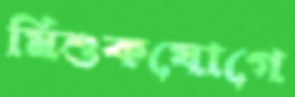
মিশুকযোগে